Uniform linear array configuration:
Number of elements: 8
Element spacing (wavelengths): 1
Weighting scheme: uniform
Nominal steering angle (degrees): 0
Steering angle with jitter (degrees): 0.7195
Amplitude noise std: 0.05
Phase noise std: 0.05

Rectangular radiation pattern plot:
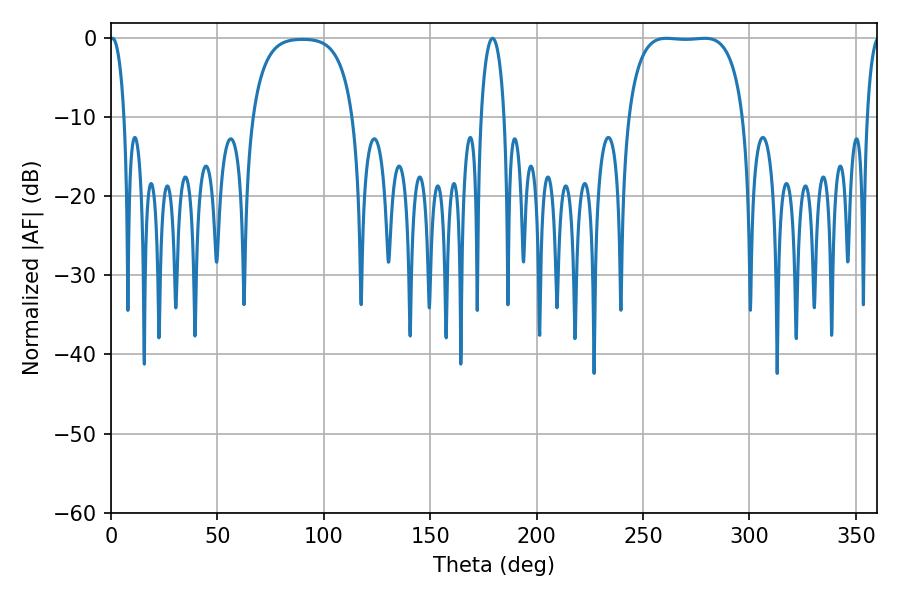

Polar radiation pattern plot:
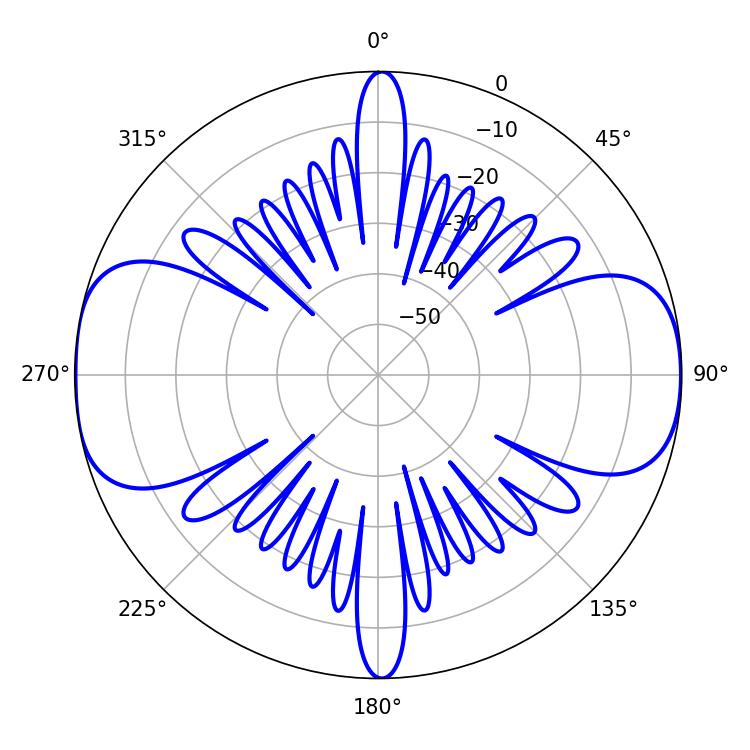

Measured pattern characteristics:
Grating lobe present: TRUE
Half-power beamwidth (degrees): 42.48
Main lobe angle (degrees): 261